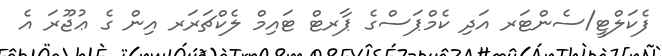
ފެކަލްޓީ/ސެންޓަރ އަދި ކެމްޕަސްގެ ޕާރޓް ޓައިމް ލެކްޗަރަރ އިން ގެ ޢުޖޫރަ އެ